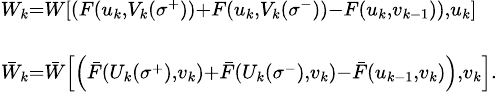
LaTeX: \begin{array}{l}{{^{W_{k}=W\left[\left(F(u_{k},V_{k}(\sigma^{+}))+F(u_{k},V_{k}(\sigma^{-}))-F(u_{k},v_{k-1})\right),u_{k}\right]}}}\\ {{_{\bar{W}_{k}=\bar{W}\left[\left(\bar{F}(U_{k}(\sigma^{+}),v_{k})+\bar{F}(U_{k}(\sigma^{-}),v_{k})-\bar{F}(u_{k-1},v_{k})\right),v_{k}\right].}}}\end{array}